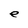
Character: e